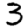
Digit: 3